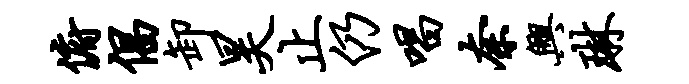
俯倡卸昊止仍唱奈兴琳